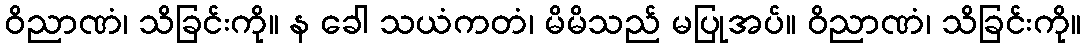
ဝိညာဏံ၊ သိခြင်းကို။ န ခေါ သယံကတံ၊ မိမိသည် မပြုအပ်။ ဝိညာဏံ၊ သိခြင်းကို။